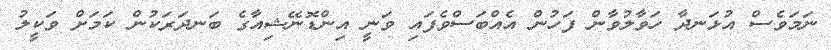
ނަމަވެސް އުޅަނދާ ހަވާލުވާން ފަހުން އެއްބަސްވެފައި ވަނީ އިންޑޮނޭޝިއާގެ ބަނދަރަކުން ކަމަށް ވަކީލު